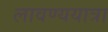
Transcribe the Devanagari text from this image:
लावण्ययात्रा